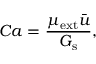
C a = \frac { \mu _ { \mathrm { e x t } } \bar { u } } { G _ { \mathrm { s } } } ,